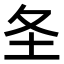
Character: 𪢶